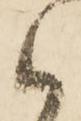
御